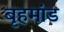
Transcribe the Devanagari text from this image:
बृहमांड